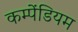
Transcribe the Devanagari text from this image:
कम्पेंडियम